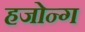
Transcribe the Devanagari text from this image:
हजोन्ग